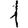
Digit: 1